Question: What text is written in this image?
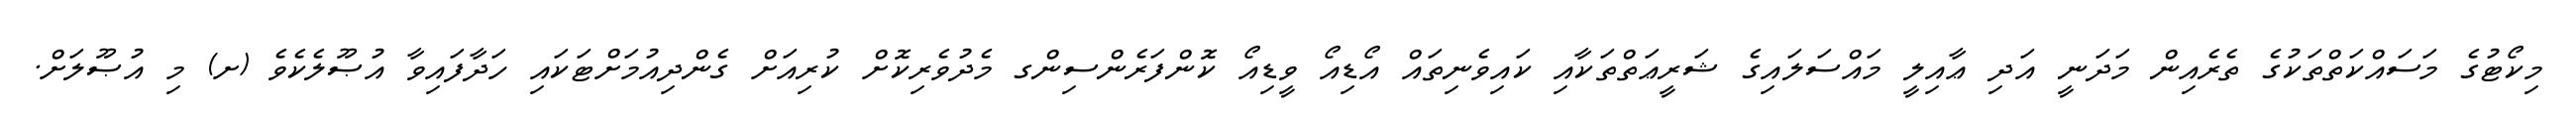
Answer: މިކޯޓުގެ މަސައްކަތްތަކުގެ ތެރެއިން މަދަނީ އަދި ޢާއިލީ މައްސަލައިގެ ޝަރީޢަތްތަކާއި ކައިވެނިތައް އޯޑިއޯ ވީޑިއޯ ކޮންފަރެންސިންގ މެދުވެރިކޮށް ކުރިއަށް ގެންދިއުމަށްޓަކައި ހަދާފައިވާ އުޞޫލެކެވެ (ށ) މި އުޞޫލަށް.